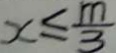
x \leq \frac { m } { 3 }